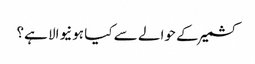
کشمیر کے حوالے سے کیا ہونیوالا ہے؟